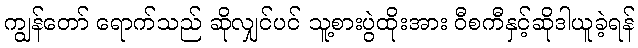
ကျွန်တော် ရောက်သည် ဆိုလျှင်ပင် သူ့စားပွဲထိုးအား ဝီစကီနှင့်ဆိုဒါယူခဲ့ရန်